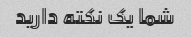
شما یک نکته دارید